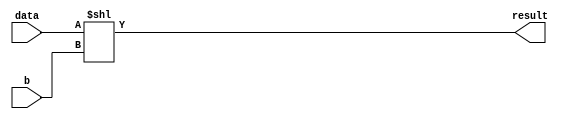
/*
 *-------------------------------------------
 * The shifter module. It's a barrel shifter!
 * By: Eric Sakshaug
 *-------------------------------------------
 */

module shifter(data,b,result);
   input  [15:0]     data; /* compute parity of these bits */
   input  [15:0]     b; /* amount to shift */
   output [15:0]     result; /* shift result */   
   assign result = data << b;
endmodule